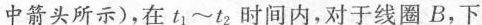
中箭头所示)，在t_{1}~t_{2}时间内，对于线圈B，下